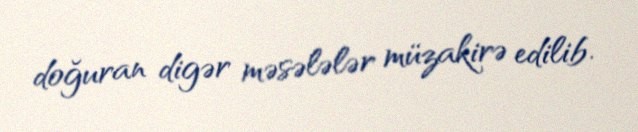
doğuran digər məsələlər müzakirə edilib.